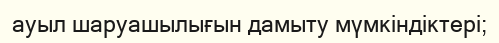
ауыл шаруашылығын дамыту мүмкіндіктері;